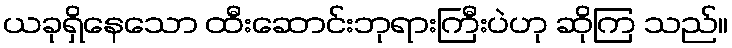
ယခုရှိနေသော ထီးဆောင်းဘုရားကြီးပဲဟု ဆိုကြ သည်။